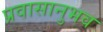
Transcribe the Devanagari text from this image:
प्रवासानुभव